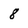
Character: 8